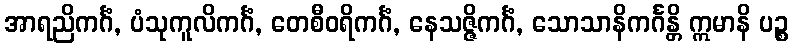
အာရညိကင်္ဂံ, ပံသုကူလိကင်္ဂံ, တေစီဝရိကင်္ဂံ, နေသဇ္ဇိကင်္ဂံ, သောသာနိကင်္ဂန္တိ ဣမာနိ ပဉ္စ